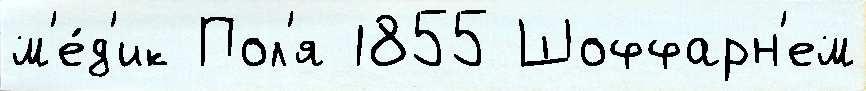
м'е́д'ик Пол'я 1855 Шоффарн'ем